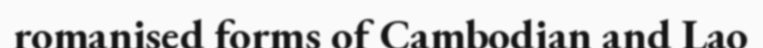
romanised forms of Cambodian and Lao